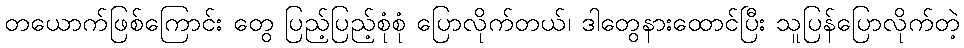
တယောက်ဖြစ်ကြောင်း တွေ ပြည့်ပြည့်စုံစုံ ပြောလိုက်တယ်၊ ဒါတွေနားထောင်ပြီး သူပြန်ပြောလိုက်တဲ့